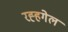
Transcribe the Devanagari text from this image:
रह्हगेल